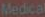
Medical